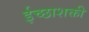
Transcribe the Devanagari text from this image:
ईच्छाशक्ती